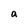
Character: a